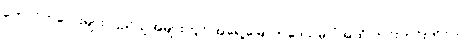
ကောင်ကလေးများ ပြည်သူအများတွင် အရှေ့မြောက်ဒေသမှ ပုံအထိ တင်းတင်းကိုင်ကာ